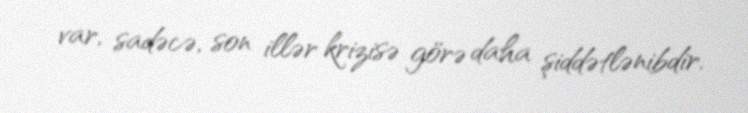
var, sadəcə, son illər krizisə görə daha şiddətlənibdir.